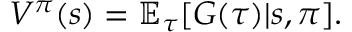
V ^ { \pi } ( s ) = \mathbb { E } _ { \tau } [ G ( \tau ) | s , \pi ] .